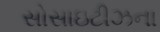
સોસાઇટીઝના